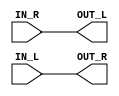
`timescale 1ns / 1ps

module Swapper(
    output [1:32] OUT_L,
    output [1:32] OUT_R,
    input [1:32] IN_L,
    input [1:32] IN_R
    );
    
    assign OUT_L = IN_R ;
    assign OUT_R = IN_L ; 
endmodule